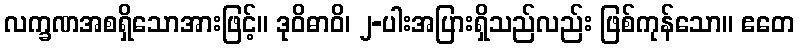
လက္ခဏအစရှိသောအားဖြင့်။ ဒုဝိဓာဝိ၊ ၂-ပါးအပြားရှိသည်လည်း ဖြစ်ကုန်သော။ ဧတေ